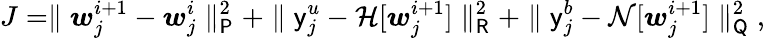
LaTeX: J=\parallel\boldsymbol{w}_{j}^{i+1}-\boldsymbol{w}_{j}^{i}\parallel_{\mathsf{P}}^{2}+\parallel\mathsf{y}_{j}^{u}-\mathcal{H}[\boldsymbol{w}_{j}^{i+1}]\parallel_{\mathsf{R}}^{2}+\parallel\mathsf{y}_{j}^{b}-\mathcal{N}[\boldsymbol{w}_{j}^{i+1}]\parallel_{\mathsf{Q}}^{2}\mathrm{,}